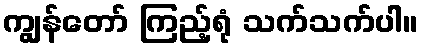
ကျွန်တော် ကြည့်ရုံ သက်သက်ပါ။